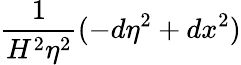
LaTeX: \frac 1{H^{2}\eta^{2}}(-d\eta^{2}+dx^{2})